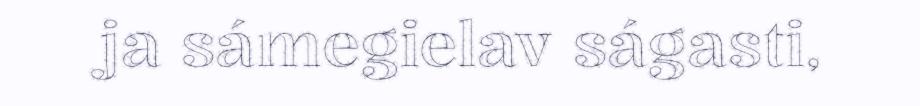
ja sámegielav ságasti,